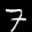
Label: 7